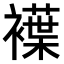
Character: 𧝵